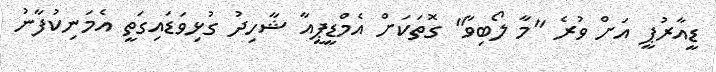
ޑީއާރުޕީ އަށް ވުރެ "މާ ލޯބިވާ" ގޮތަކަށް އެމްޑީޕީއާ ޝާހިދު ގުޅިވަޑައިގަތީ އެމަނިކުފާނު